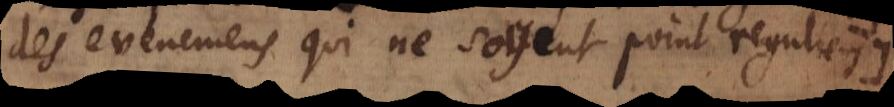
des evenemens qui ne soyent point reguliers.